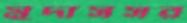
মুদাসসর